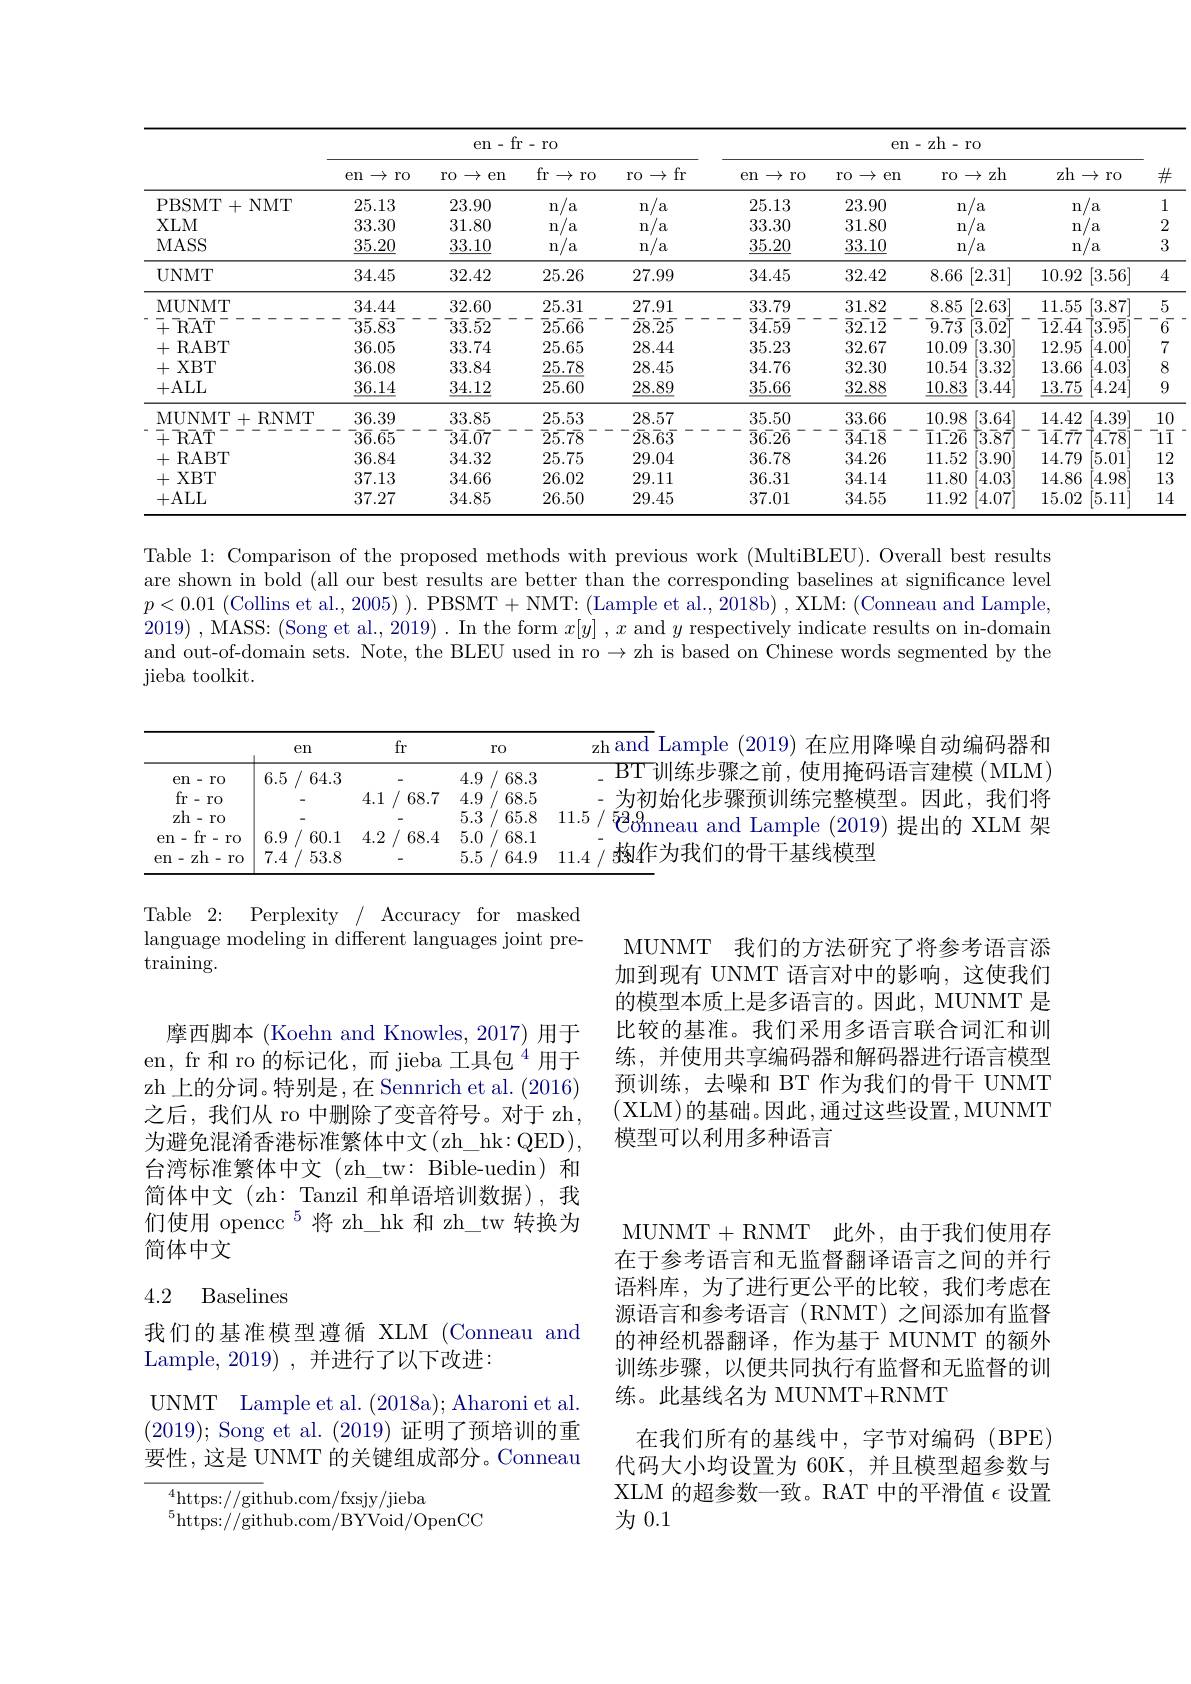
<table>
	<tbody>
		<tr>
			<th> </th>
			<th colspan="4">en-fr-ro</th>
			<th colspan="5">en- zh- ro</th>
			<th rowspan="2">$\#$</th>
		</tr>
		<tr>
			<th> </th>
			<th>en $\rightarrow$ $r0$</th>
			<th>ro $\rightarrow$ $en$ </th>
			<th>fr$\to 1$ $r0$</th>
			<th>$\to$fr $r0$</th>
			<th>en $\rightarrow$ $r0$</th>
			<th>0 $\rightarrow$ en</th>
			<th>zh $r0$ $\rightarrow$</th>
			<th>zh</th>
			<th>$\rightarrow$ ro</th>
		</tr>
		<tr>
			<td>PBSMT+ NMT</td>
			<td>25.13</td>
			<td>23.90</td>
			<td>n $/a$</td>
			<td>/a n</td>
			<td>25.13</td>
			<td>23.90</td>
			<td>n a</td>
			<td>n</td>
			<td>n a</td>
			<td>1</td>
		</tr>
		<tr>
			<td>$XLM$</td>
			<td>33.30</td>
			<td>31.80</td>
			<td> </td>
			<td>n $a$</td>
			<td>33.30</td>
			<td>31.80</td>
			<td> a</td>
			<td></td>
			<td>$n$ a</td>
			<td>2</td>
		</tr>
		<tr>
			<td>MASS</td>
			<td>$\underline{35.20}$</td>
			<td>$\underline{33.10}$</td>
			<td>n/ a</td>
			<td>n/ a</td>
			<td>$\underline{35.20}$</td>
			<td>$\underline{33.10}$</td>
			<td>n $/a$ 1</td>
			<td>n</td>
			<td>a n</td>
			<td>3</td>
		</tr>
		<tr>
			<td>UNMT</td>
			<td>34.45</td>
			<td>32.42</td>
			<td>25.26</td>
			<td>27.99</td>
			<td>34.45</td>
			<td>32.42</td>
			<td>.66 [2.31] </td>
			<td>10.92</td>
			<td>:[3.56] 2</td>
			<td>4</td>
		</tr>
		<tr>
			<td>MUNMT</td>
			<td>34.44</td>
			<td>32.60</td>
			<td>25.31</td>
			<td>27.91</td>
			<td>33.79</td>
			<td>31.82</td>
			<td>[2.63 .85</td>
			<td>11.55</td>
			<td>[3.87] 5</td>
			<td>5</td>
		</tr>
		<tr>
			<td>$\bar{+}\bar{\mathrm{R}}\bar{\mathrm{A}}\bar{\mathrm{T}}$</td>
			<td>$\bar{3}\bar{5}.\bar{8}3$</td>
			<td>$\bar{3}\bar{3}.52$ 1</td>
			<td>$\overline{2}\bar{5}.6\overline{6}$</td>
			<td>$2\bar{8}.\bar{2}\bar{5}$</td>
			<td>$\bar{3}4.5\overline{9}$</td>
			<td>$\bar{3}\bar{2.1}\bar{2}$</td>
			<td>$\bar{7}^{\varepsilon}$ $\overline{3}.\overline{0}2$</td>
			<td>$\overline{1}\bar{2}.\bar{4}4$</td>
			<td>$\bar{3.95}$</td>
			<td>6</td>
		</tr>
		<tr>
			<td>+RABT</td>
			<td>36.05</td>
			<td>33.74</td>
			<td>25.65</td>
			<td>28.44</td>
			<td>35.23</td>
			<td>32.67</td>
			<td>[3.3( ).09</td>
			<td>12.95</td>
			<td>5 4.00</td>
			<td>7</td>
		</tr>
		<tr>
			<td>+XBT</td>
			<td>36.08</td>
			<td>33.84</td>
			<td>25.78</td>
			<td>28.45</td>
			<td>34.76</td>
			<td>32.30</td>
			<td>).54 3.32</td>
			<td>13.66</td>
			<td>6 4.03</td>
			<td>8</td>
		</tr>
		<tr>
			<td>+ALL</td>
			<td>$\underline{36.14}$</td>
			<td>$\underline{34.12}$</td>
			<td>25.60</td>
			<td>$\underline{28.89}$</td>
			<td>$\underline{35.66}$</td>
			<td>$\underline{32.88}$</td>
			<td>$\underline{).83}$ [3.44</td>
			<td>$\underline{13.75}$</td>
			<td>[4.24] 5</td>
			<td>9</td>
		</tr>
		<tr>
			<td>MUNMT $^{-1}+$ -RNMT</td>
			<td>36.39</td>
			<td>33.85</td>
			<td>25.53</td>
			<td>28.57</td>
			<td>35.50</td>
			<td>33.66</td>
			<td>).98 [3.64</td>
			<td>14.42</td>
			<td>[4.39] 2</td>
			<td>1( </td>
		</tr>
		<tr>
			<td>$\bar{+}\bar{\mathrm{RA}}\bar{\mathrm{T}}$ 1 1 </td>
			<td>$\bar{3}\bar{6}.\bar{6}5^{\cdot}$ 5</td>
			<td>$\overline{3}\bar{4}.\bar{0}7^{-}$</td>
			<td>$\bar{2}5.7\bar{8}$</td>
			<td>$2\bar{8}.\bar{6}\bar{3}$</td>
			<td>$\bar{3}\bar{6}.2\bar{6}$</td>
			<td>$\bar{3}\bar{4.18}$</td>
			<td>$[..2\overline{6}$ $\bar{3}.\bar{8}^{*}$</td>
			<td>$\bar{1}\bar{4}.\bar{77}$</td>
			<td>$4.7\overline{8}$</td>
			<td>$-1\bar{1}$ 1 </td>
		</tr>
		<tr>
			<td>+RABT</td>
			<td>36.84</td>
			<td>34.32</td>
			<td>25.75</td>
			<td>29.04</td>
			<td>36.78</td>
			<td>34.26</td>
			<td>..52 3.9(</td>
			<td>14.79</td>
			<td>$^{\prime}9$ 5.01</td>
			<td>$1_{2}^{c}$</td>
		</tr>
		<tr>
			<td>+XBT</td>
			<td>37.13</td>
			<td>34.66</td>
			<td>26.02</td>
			<td>29.11</td>
			<td>36.31</td>
			<td>34.14</td>
			<td>4.05 ..80</td>
			<td>14.86</td>
			<td>6 4.98</td>
			<td>1.</td>
		</tr>
		<tr>
			<td>+ALLL</td>
			<td>37.27</td>
			<td>34.85</td>
			<td>26.50</td>
			<td>29.45</td>
			<td>37.01</td>
			<td>34.55</td>
			<td>..92 4.07</td>
			<td>15.02</td>
			<td>2 5.11</td>
			<td>1 1</td>
		</tr>
	</tbody>
</table>

Table 1: Comparison of the proposed methods with previous work (MultiBLEU). Overall best results are shown in bold (all our best results are better than the corresponding baselines at significance level $p<0.01$ (Collins et al., 2005) ). PBSMT+NMT: (Lample et al., 2018b) , XLM: (Conneau and Lample, 2019) ,MASS: (Song et al., 2019) . In the form $x[ y]$ , $x$ and $y$ respectively indicate results on in-domaim and out-of-domain sets. Note, the BLEU used in ro $\to$zh is based on Chinese words segmented by the jieba toolkit.

<table>
	<tbody>
		<tr>
			<th> </th>
			<th>el</th>
			<th>$en$</th>
			<th>$fr$</th>
			<th>$fr$</th>
			<th>ro</th>
			<th>1114 $\pm\pm2$</th>
		</tr>
		<tr>
			<td>en-ro</td>
			<td>6.5</td>
			<td>64.3</td>
			<td>-</td>
			<td>-</td>
			<td>4.9 68.3</td>
			<td>BT 训练光 维相 (MT, M</td>
		</tr>
		<tr>
			<td>fr-ro</td>
			<td>-</td>
			<td> </td>
			<td>4.1</td>
			<td>68.7</td>
			<td>4.9 68.5</td>
			<td> </td>
		</tr>
		<tr>
			<td>zh-ro</td>
			<td>-</td>
			<td> </td>
			<td>-</td>
			<td> </td>
			<td>5.3 65.8</td>
			<td>11.5 50 0 trn</td>
		</tr>
		<tr>
			<td>en-fr-ro</td>
			<td>6.9</td>
			<td>60.1</td>
			<td>4.2</td>
			<td>68.4</td>
			<td>5.0 68.1</td>
			<td>$H_{2}$</td>
		</tr>
		<tr>
			<td>en-zh-ro</td>
			<td>7.4</td>
			<td>53.8</td>
			<td> </td>
			<td> </td>
			<td>5.5 64.9</td>
			<td>TAIT 线俱型</td>
		</tr>
	</tbody>
</table>

Table 2: Perplexity / Accuracy for masked language modeling in different languages joint pre- $\bar{\mathrm{training}}.$

MUNMT 我们的方法研究了将参考语言添加到现有 UNMT 语言对中的影响，这使我们的模型本质上是多语言的。因此，MUNMT 是比较的基准。我们采用多语言联合词汇和训练，并使用共享编码器和解码器进行语言模型预训练，去噪和 BT 作为我们的骨干 UNMT (XLM)的基础。因此，通过这些设置，MUNMT 模型可以利用多种语言

摩西脚本(Koehn and Knowles,2017)用于en, fr 和 ro 的标记化，而 jieba 工具包$^{4}$用于zh 上的分词。特别是，在 Sennrich et al. (2016) 之后，我们从 ro 中删除了变音符号。对于 zh, 为避免混淆香港标准繁体中文(zh\_hk:QED), 台湾标准繁体中文(zh\_tw: Bible-uedin)和简体中文(zh: Tanzil 和单语培训数据),我们使用 opencc\_5将 zh\_hk 和 zh\_tw 转换为简体中文

## 4.2 Baselines

MUNMT+RNMT 此外，由于我们使用存在于参考语言和无监督翻译语言之间的并行语料库，为了进行更公平的比较，我们考虑在源语言和参考语言(RNMT)之间添加有监督的神经机器翻译，作为基于 MUNMT 的额外训练步骤，以便共同执行有监督和无监督的训练。此基线名为 MUNMT+RNMT

我们的基准模型遵循 XLM (Conneau and
Lample, 2019) , 并进行了以下改进：

UNMT Lample et al. (2018a); Aharoni et al. (2019); Song et al. (2019)证明了预培训的重要性，这是 UNMT 的关键组成部分。Conneau

在我们所有的基线中，字节对编码(BPE) 代码大小均设置为 60K, 并且模型超参数与XLM 的超参数一致。RAT 中的平滑值$\epsilon$设置为0.1

$^{4}$https://github.com/fxsjy/jieba
$^{5}$https://github.com/BYVoid/OpenCC